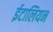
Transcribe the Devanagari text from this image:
ईटालियन